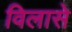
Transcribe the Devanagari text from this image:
विलासे